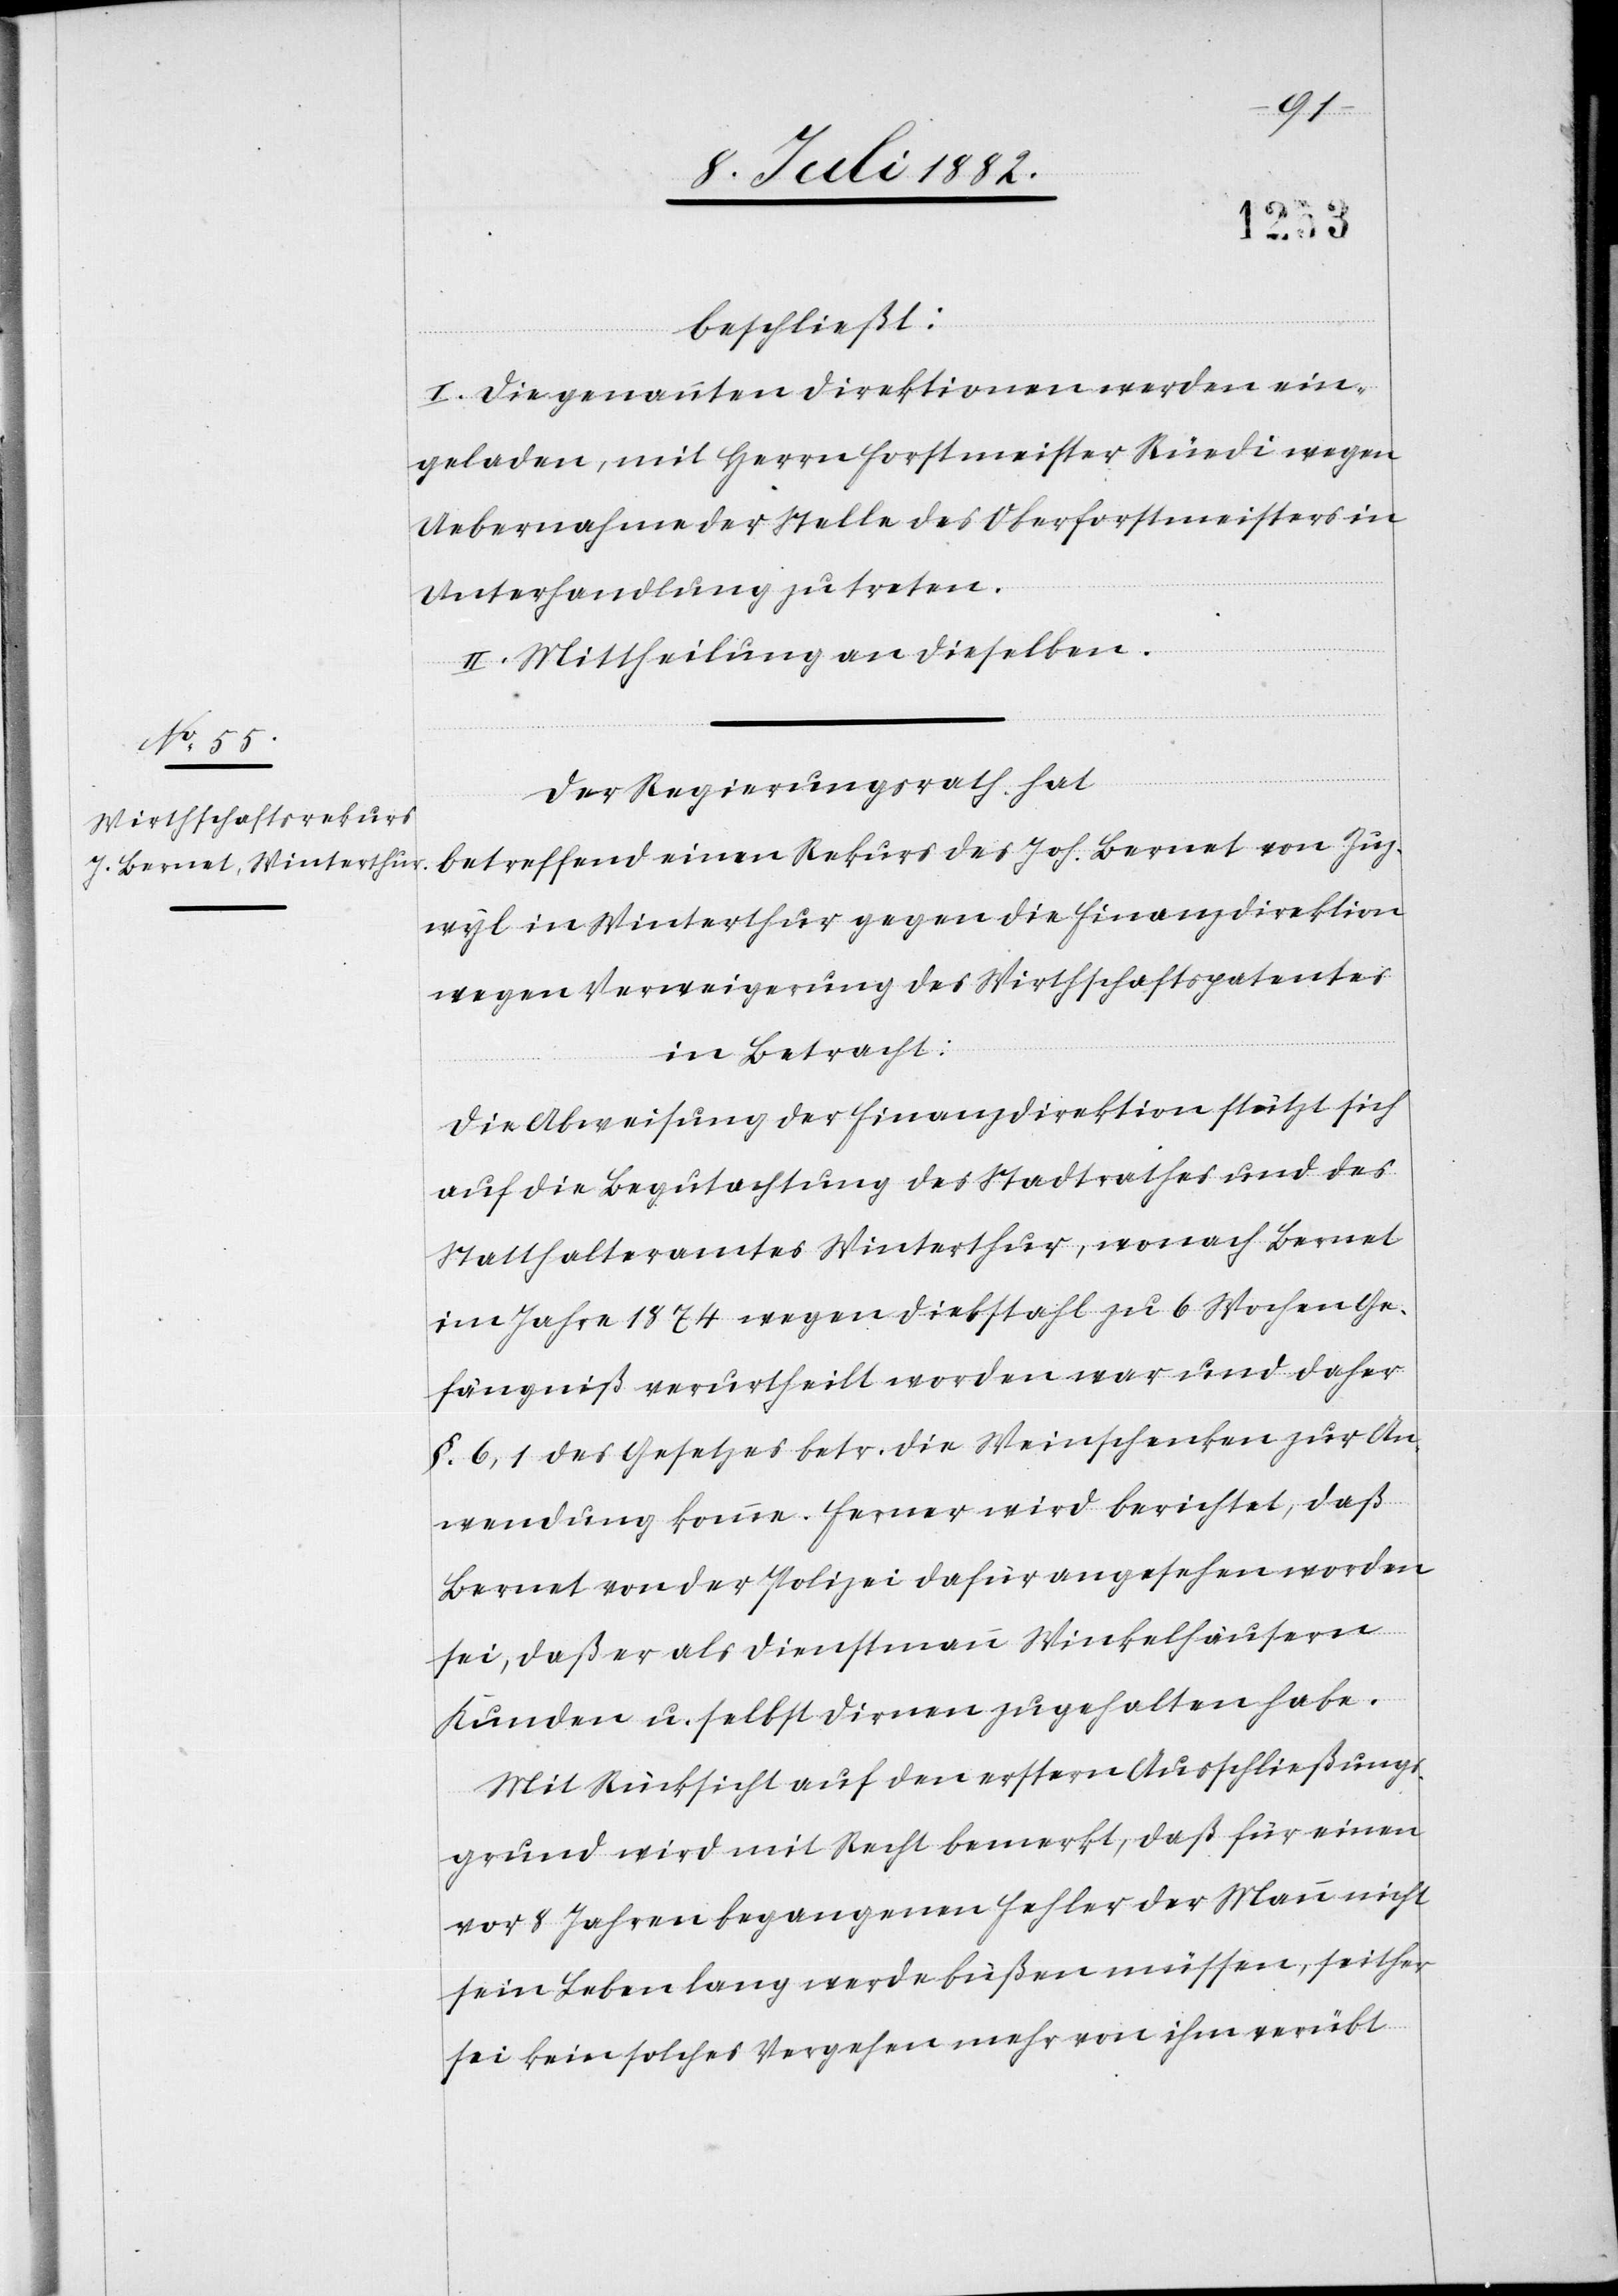
beschließt:
I. Die genannten Direktionen werden ein¬
geladen, mit Herrn Forstmeister Rüedi wegen
Uebernahme der Stelle des Oberforstmeisters in
Unterhandlung zu treten.
II. Mittheilung an dieselben.
Der Regierungsrath hat
betreffend einen Rekurs des Joh. Bernet von Zug¬
wyl in Winterthur gegen die Finanzdirektion
wegen Verweigerung des Wirthschaftspatentes
in Betracht:
Die Abweisung der Finanzdirektion stützt sich
auf die Begutachtung des Stadtrathes und des
Statthalteramtes Winterthur, wonach Bernet
im Jahre 1874 wegen Diebstahl zu 6 Wochen Ge¬
fängniß verurtheilt worden war und daher
§. 6, 1 des Gesetzes betr. die Weinschenken zur An¬
wendung komme. Ferner wird berichtet, daß
Bernet von der Polizei dafür angesehen worden
sei, daß er als Dienstmann Winkelhäusern
Kunden u. selbst Dirnen zugehalten habe.
Mit Rücksicht auf den erstern Ausschließungs¬
grund wird mit Recht bemerkt, daß für einen
vor 8 Jahren begangenen Fehler der Mann nicht
sein Leben lang werde büßen müssen, seither
sei kein solches Vergehen mehr von ihm verübt